Annual administration and progress report of the Indian Medical Department, Bombay
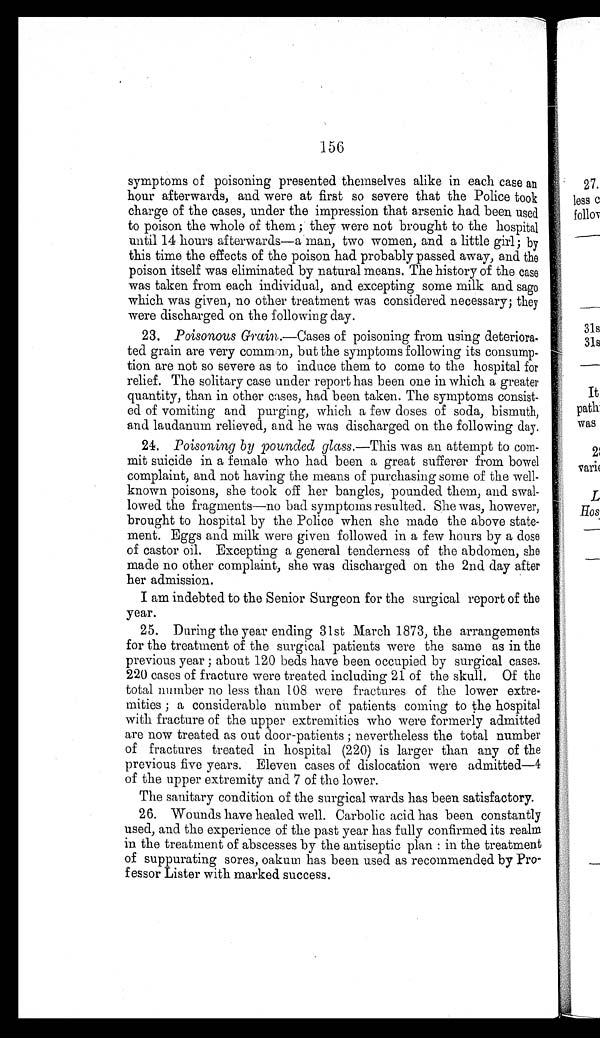
156
symptoms of poisoning presented themselves alike in each case an
hour afterwards, and were at first so severe that the Police took
charge of the cases, under the impression that arsenic had been used
to poison the whole of them; they were not brought to the hospital
until 14 hours afterwards—a man, two women, and a little girl; by
this time the effects of the poison had probably passed away, and the
poison itself was eliminated by natural means. The history of the case
was taken from each individual, and excepting some milk and sago
which was given, no other treatment was considered necessary; they
were discharged on the following day.
23.
Poisonous Grain.—Cases of poisoning from using deteriora
-
ted grain are very common, but the symptoms following its consump
-
tion are not so severe as to induce them to come to the hospital for
relief. The solitary case under report has been one in which a greater
quantity, than in other cases, had been taken. The symptoms consist
-
ed of vomiting and purging, which a few doses of soda, bismuth,
and laudanum relieved, and he was discharged on the following day.
24.
Poisoning by pounded glass. —This was an attempt to com
-
mit suicide in a female who had been a great sufferer from bowel
complaint, and not having the means of purchasing some of the well
-
known poisons, she took off her bangles, pounded them, and swal
-
lowed the fragments—no bad symptoms resulted. She was, however,
brought to hospital by the Police when she made the above state-
ment. Eggs and milk were given followed in a few hours by a dose
of castor oil. Excepting a general tenderness of the abdomen, she
made no other complaint, she was discharged on the 2nd day after
her admission.
I am indebted to the Senior Surgeon for the surgical report of the
year.
25. During the year ending 31st March 1873, the arrangements
for the treatment of the surgical patients were the same as in the
previous year; about 120 beds have been occupied by surgical cases.
220 cases of fracture were treated including 21 of the skull. Of the
total number no less than 108 were fractures of the lower extre
-
mities; a considerable number of patients coming to the hospital
with fracture of the upper extremities who were formerly admitted
are now treated as out door-patients; nevertheless the total number
of fractures treated in hospital (220) is larger than any of the
previous five years. Eleven cases of dislocation were admitted—4
of the upper extremity and 7 of the lower.
The sanitary condition of the surgical wards has been satisfactory.
26. Wounds have healed well. Carbolic acid has been constantly
used, and the experience of the past year has fully confirmed its realm
in the treatment of abscesses by the antiseptic plan: in the treatment
of suppurating sores, oakum has been used as recommended by Pro
-
fessor Lister with marked success.